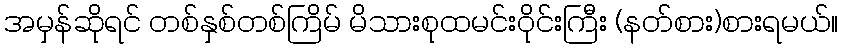
အမှန်ဆိုရင် တစ်နှစ်တစ်ကြိမ် မိသားစုထမင်းဝိုင်းကြီး (နတ်စား)စားရမယ်။